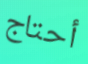
أحتاج